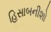
હિસાબનીશો